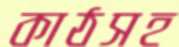
কাঠসহ